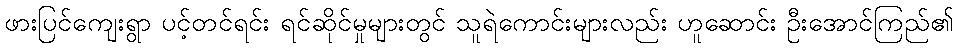
ဖားပြင်ကျေးရွာ ပင့်တင်ရင်း ရင်ဆိုင်မှုများတွင် သူရဲကောင်းများလည်း ဟူဆောင်း ဦးအောင်ကြည်၏